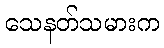
သေနတ်သမားက